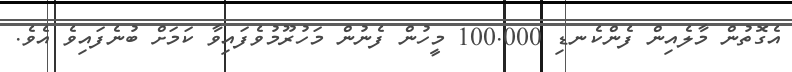
އެގޮތުން މާލެއިން ފެންކެނޑި 100.000 މީހުން ފެނުން މަހުރޫމުވެފައިވާ ކަމަށް ބުނެފައިވެ އެވެ.